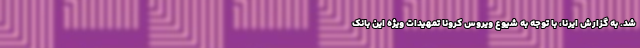
شد. به گزارش ایرنا، با توجه به شیوع ویروس کرونا تمهیدات ویژه این بانک